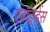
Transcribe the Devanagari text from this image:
एवॉइडेंस